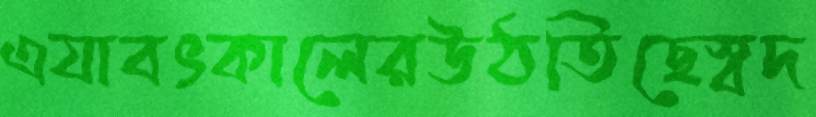
এযাবৎকালেরউঠতিছেস্বদ